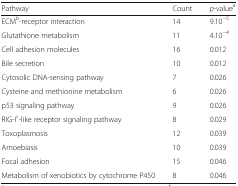
| Pathway | Count | p-valuea |
 | --- | --- | --- |
 | ECMb-receptor interaction | 14 | 9.10−5 |
 | Glutathione metabolism | 11 | 4.10−4 |
 | Cell adhesion molecules | 16 | 0.012 |
 | Bile secretion | 10 | 0.012 |
 | Cytosolic DNA-sensing pathway | 7 | 0.026 |
 | Cysteine and methionine metabolism | 6 | 0.026 |
 | p53 signaling pathway | 9 | 0.026 |
 | RIG-Ic-like receptor signaling pathway | 8 | 0.029 |
 | Toxoplasmosis | 12 | 0.039 |
 | Amoebiasis | 10 | 0.039 |
 | Focal adhesion | 15 | 0.046 |
 | Metabolism of xenobiotics by cytochrome P450 | 8 | 0.046 |